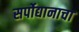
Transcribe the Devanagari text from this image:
सर्पोद्यानाचा